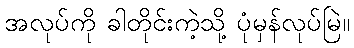
အလုပ်ကို ခါတိုင်းကဲ့သို့ ပုံမှန်လုပ်မြဲ။